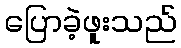
ပြောခဲ့ဖူးသည်